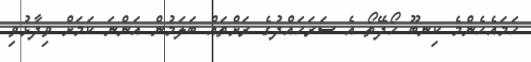
ހަމައެހެންމެ ކިނބޫ ހޯދޭތޯ އެ ސަރަހައްދުގެ ރަށްތައް ބަލަމުން އަންނަ ކަމަށް ވިދާޅުވި